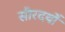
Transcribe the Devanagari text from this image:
सीरदर्यो